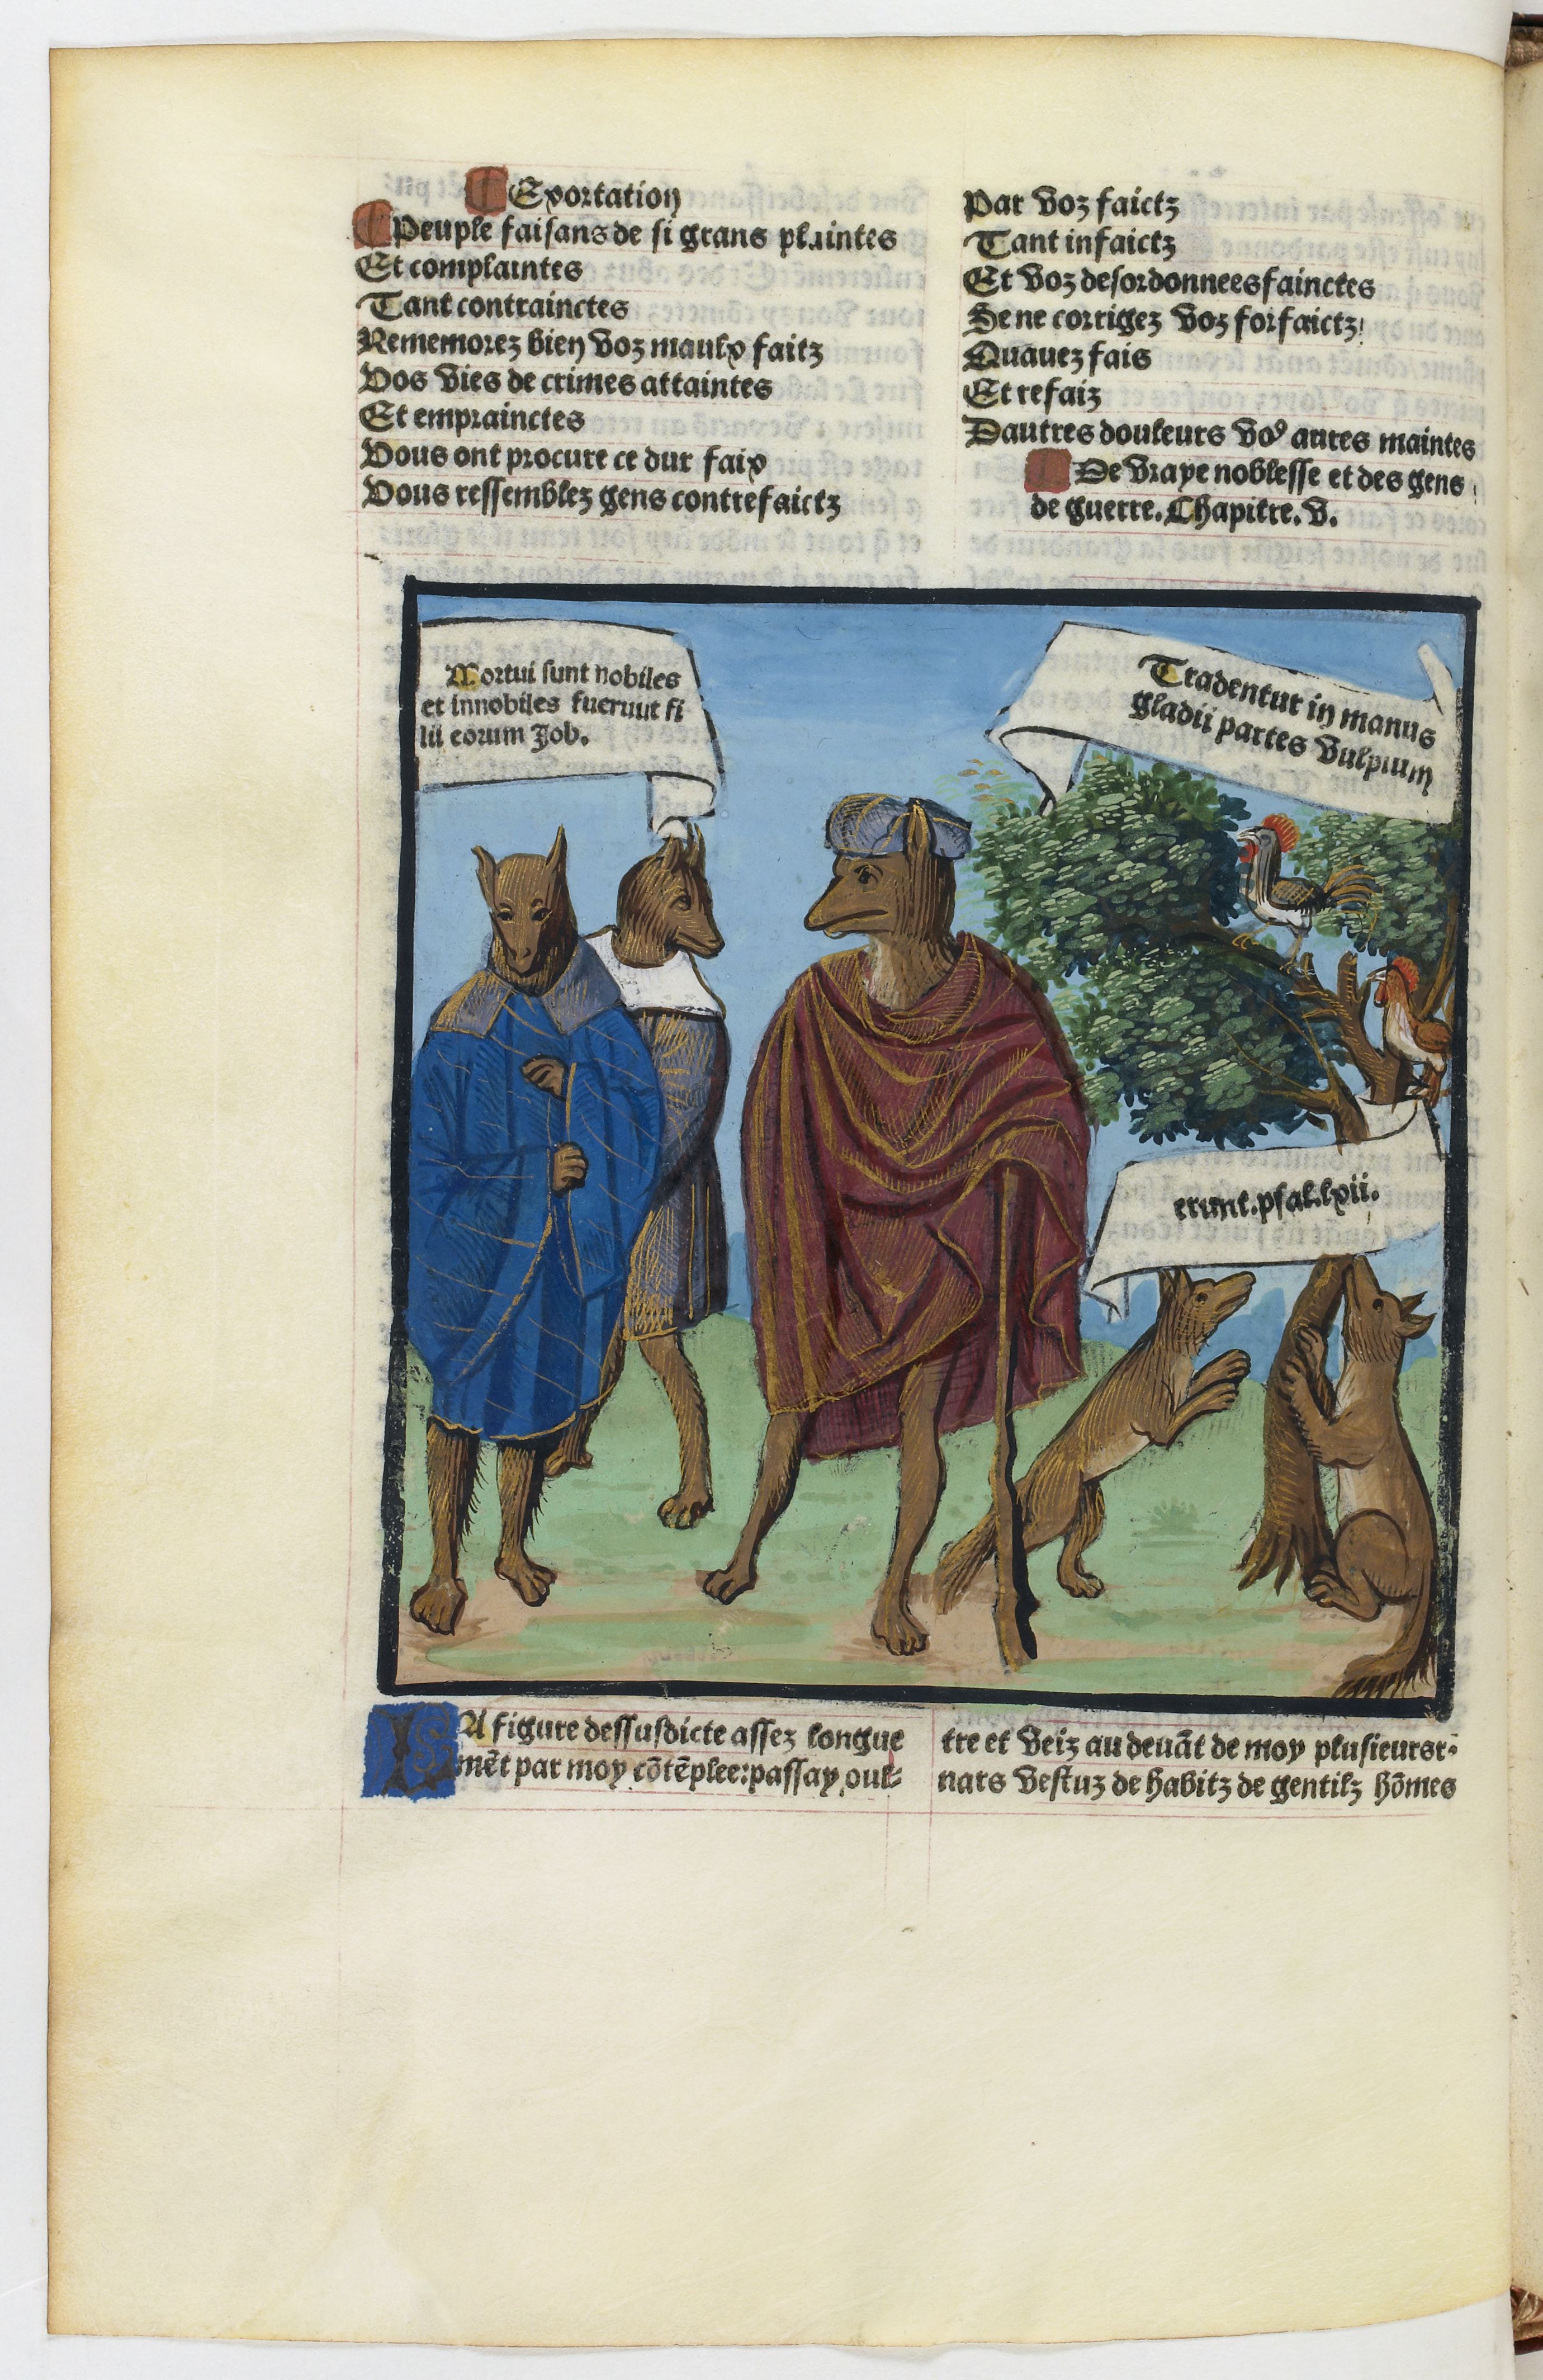
Shelfmark: Paris, BnF, Velins 1103
Century: 16